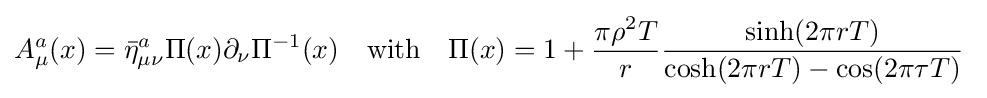
A_{\mu }^{a}(x)={\bar {\eta }}_{\mu \nu }^{a}\Pi (x)\partial _{\nu }\Pi ^{-1}(x)\quad {\text{with}}\quad \Pi (x)=1+{\frac {\pi \rho ^{2}T}{r}}{\frac {\sinh(2\pi rT)}{\cosh(2\pi rT)-\cos(2\pi \tau T)}}\